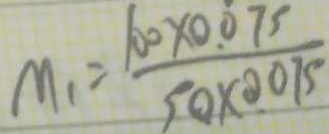
M _ { 1 } = \frac { 1 0 0 \times 0 . 0 7 5 } { 9 0 \times 0 . 0 7 5 }